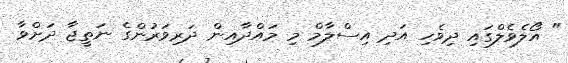
" އޯލެވެލްގައި ދިވެހި އަދި އިސްލާމް މި މައްދާއިން ދަރިވަރުންގެ ނަތީޖާ ދަށްވާ